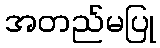
အတည်မပြု